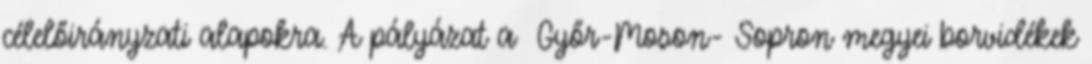
célelőirányzati alapokra. A pályázat a Győr-Moson- Sopron megyei borvidékek